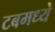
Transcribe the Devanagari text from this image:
टबमध्ये